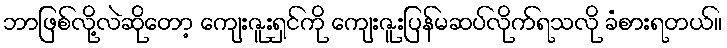
ဘာဖြစ်လို့လဲဆိုတော့ ကျေးဇူးရှင်ကို ကျေးဇူးပြန်မဆပ်လိုက်ရသလို ခံစားရတယ်။